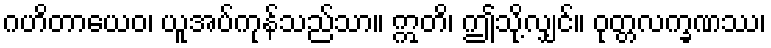
ဂဟိတာယေဝ၊ ယူအပ်ကုန်သည်သာ။ ဣတိ၊ ဤသို့လျှင်။ ဝုတ္တလက္ခဏဿ၊